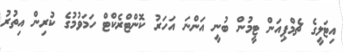
އިޓަލީގެ ޗެމްޕިއަން ޓީމުން ބުނީ އަންނަ އަހަރު ކޮންޓްރެކްޓް ހަމަވުމުގެ ކުރިން އިތުރު